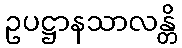
ဥပဋ္ဌာနသာလန္တိ